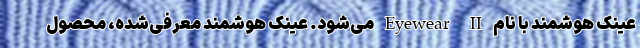
عینک هوشمند با نام Eyewear II می‌شود. عینک هوشمند معرفی‌شده، محصول